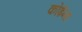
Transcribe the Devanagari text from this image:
कोईना